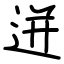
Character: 迸